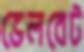
ভেলবেট